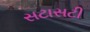
સટાસટી